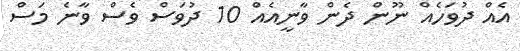
އެއް ދުވަހެއް ނޫން ދެން ވާނީއެއް 10 ދުވަސް ވެސް ވާނެ މަސް